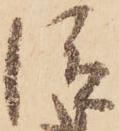
従